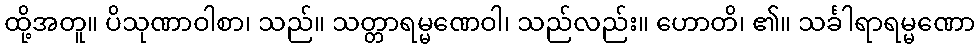
ထို့အတူ။ ပိသုဏာဝါစာ၊ သည်။ သတ္တာရမ္မဏေဝါ၊ သည်လည်း။ ဟောတိ၊ ၏။ သင်္ခါရာရမ္မဏော